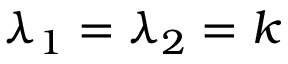
\lambda _ { 1 } = \lambda _ { 2 } = k